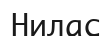
Нилас